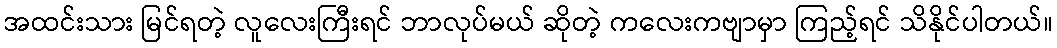
အထင်းသား မြင်ရတဲ့ လူလေးကြီးရင် ဘာလုပ်မယ် ဆိုတဲ့ ကလေးကဗျာမှာ ကြည့်ရင် သိနိုင်ပါတယ်။